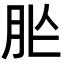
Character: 𦙐